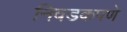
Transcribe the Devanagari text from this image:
निवडकपणे